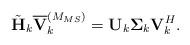
LaTeX: \begin{align*} \tilde{\mathbf{H}}_k\overline{\mathbf{V}}_k^{(M_{MS})} = \mathbf{U}_k \mathbf{\Sigma}_k \mathbf{V}_k^H.\end{align*}